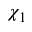
\chi _ { 1 }